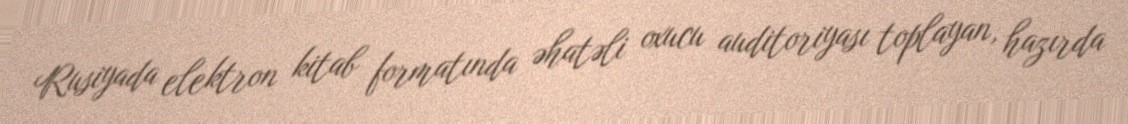
Rusiyada elektron kitab formatında əhatəli oxucu auditoriyası toplayan, hazırda